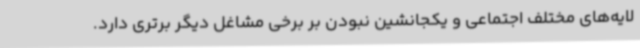
لایه‌های مختلف اجتماعی و یکجانشین نبودن بر برخی مشاغل دیگر برتری دارد.